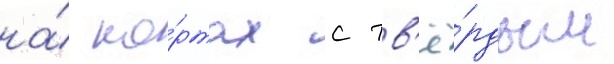
на́ ко́ртах с тв'ё́рдым